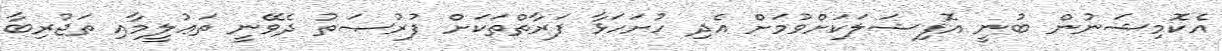
އެކޮމިޝަނުން ބުނީ އޮފިޝަލަކަށްވުމަށް އެދި ހުށަހަޅާ ފަރާތްތަކަށް ފުރުޞަތު ދެވޭނީ ތަޢުލީމާއި ތަޖުރިބާ